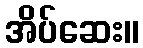
အိပ်ဆေး။